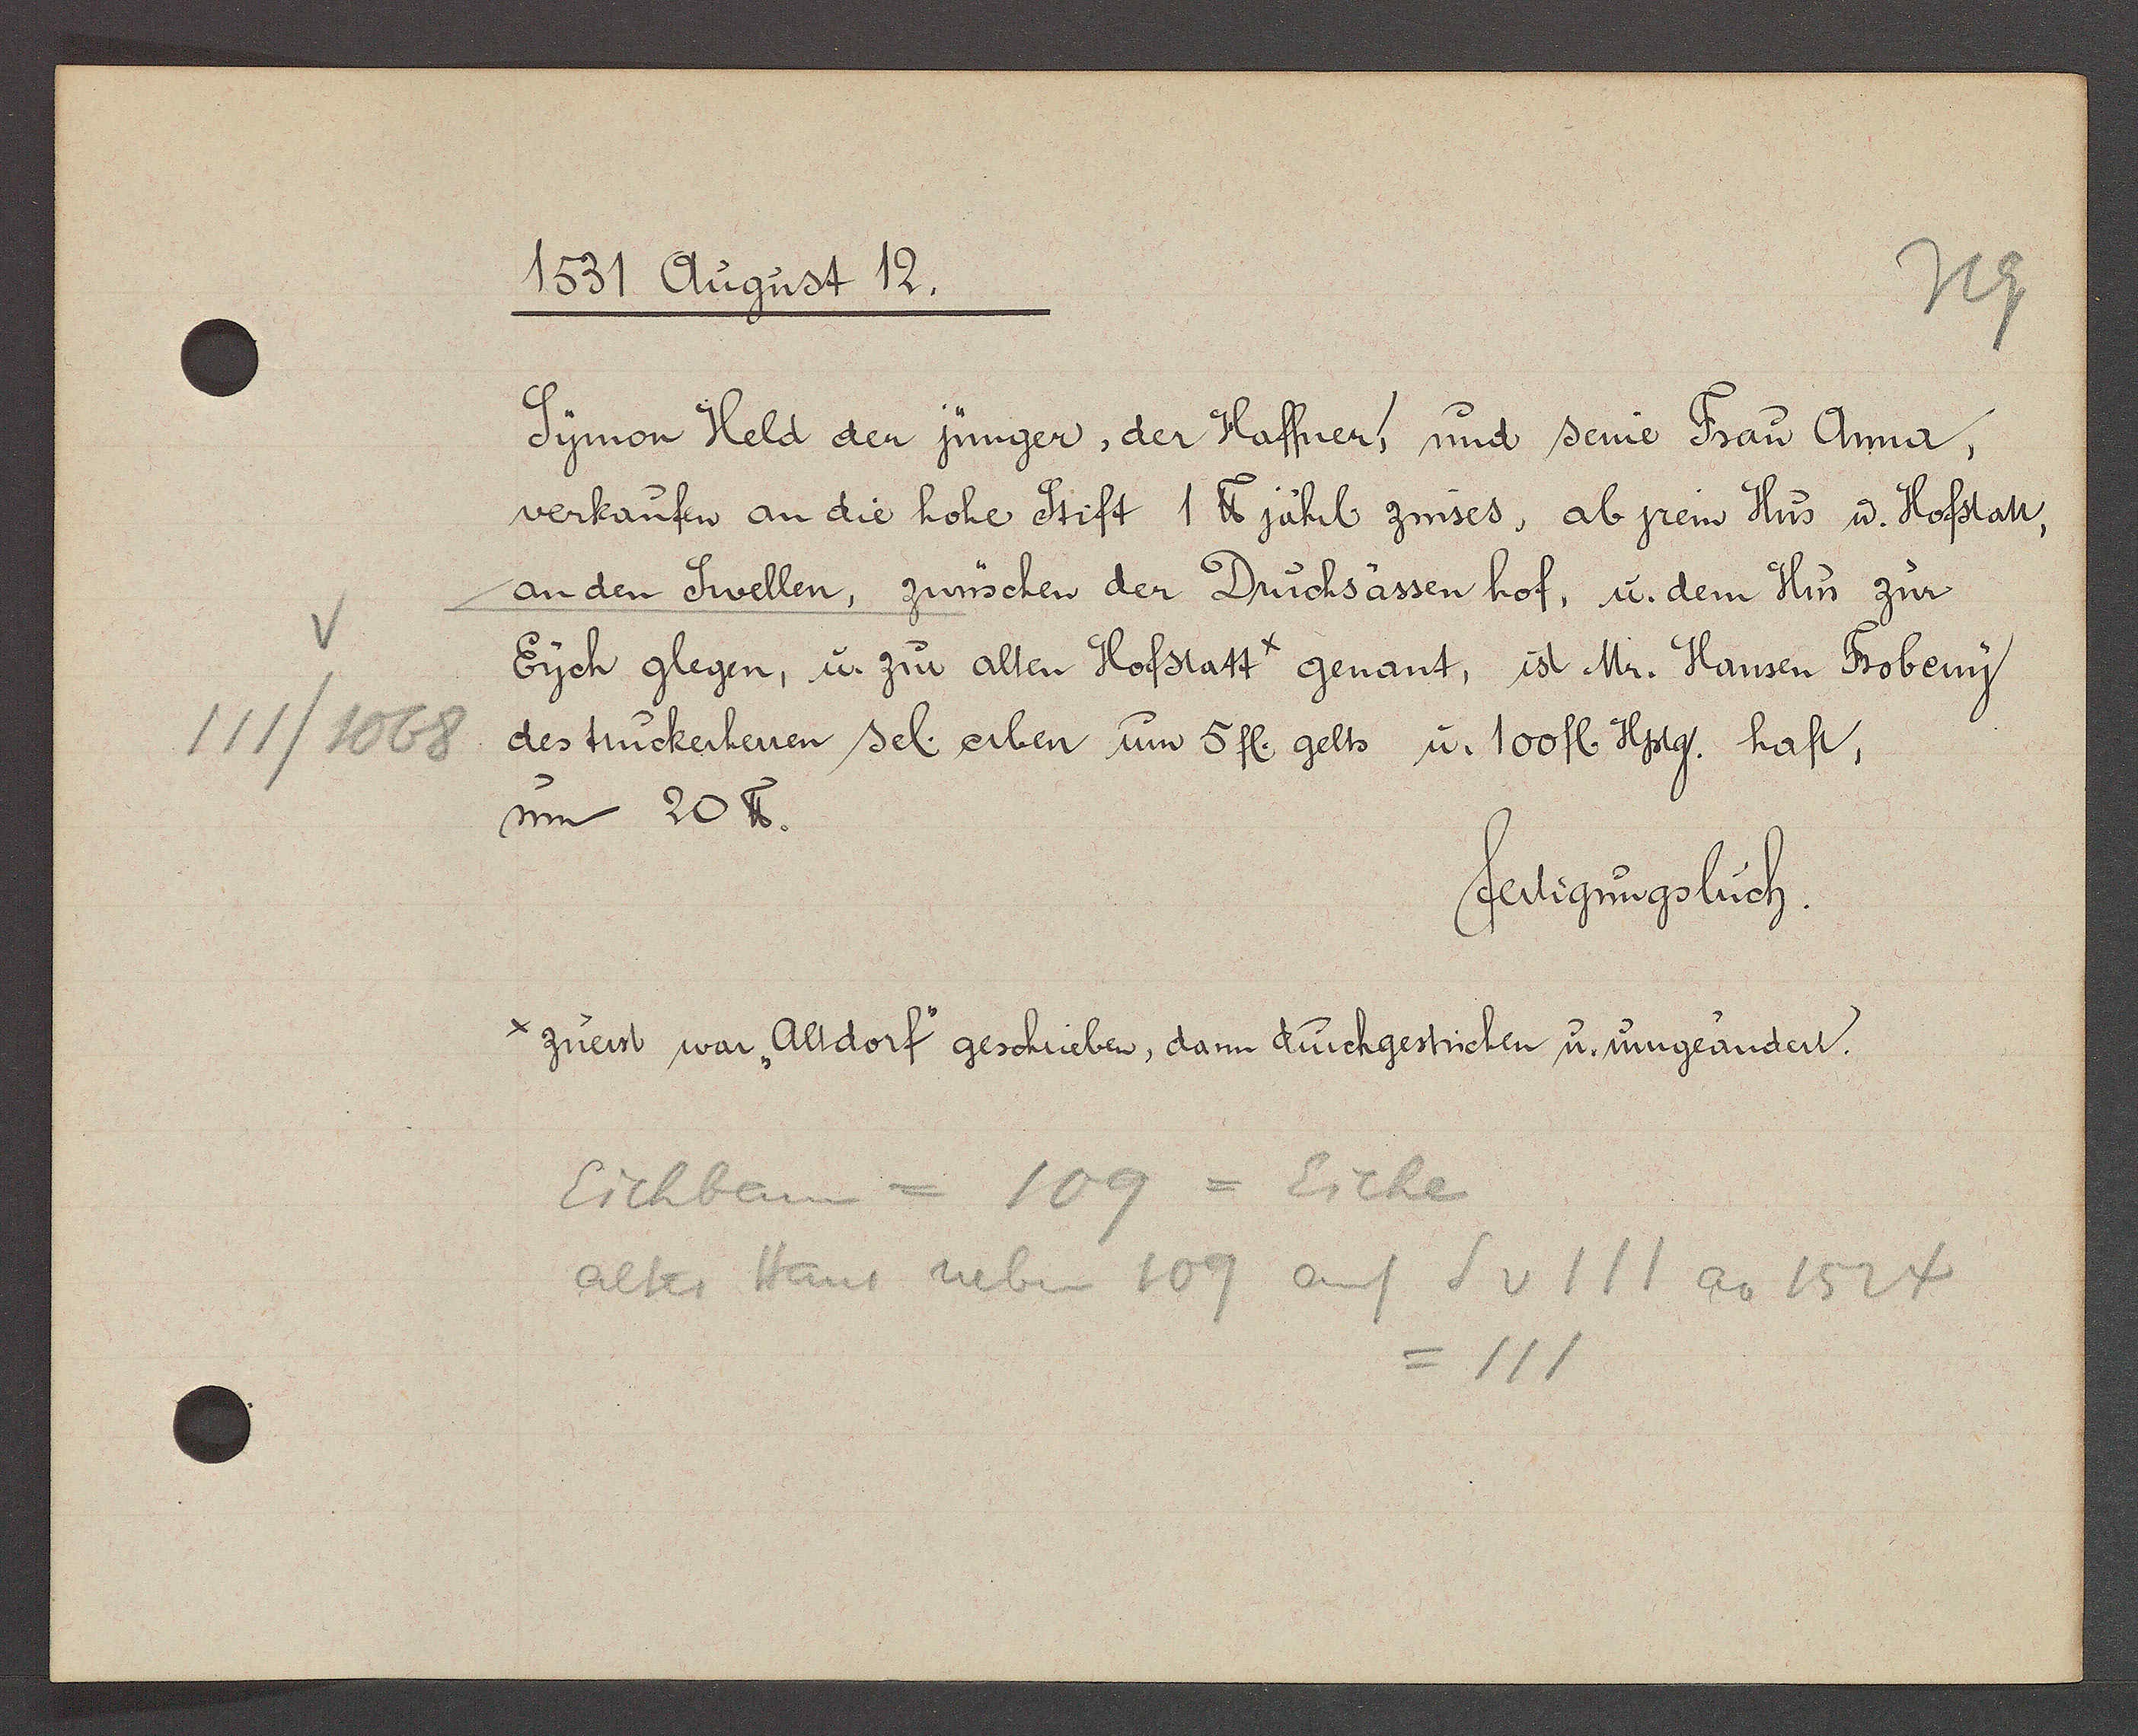
Transcript:
111/1068

1531 August 12.

Symon Held der jünger, der Haffner, und seine Frau Anna,
verkaufen an die hohe Stift 1 ℔ jährl zinses, ab jrem Hus u. Hofstatt,
an den Swellen, zwüschen der Druchsässen hof, u. dem Hus zur
Eych glegen, u. zur alten Hofstatt genant, ist Mr. Hansen Frobeny
des truckerherren sel. erben um 5 fl. gelts u. 100 fl. Hptg. haft,
um 20 ℔.

fertigungsbuch.

zuest war Altdorf geschrieben, dann durchgestrichen u. umgeandert.

Eichbann = 109 = Eiche
altes Haus neben 109 auf S v 111 ao 1524
= 111